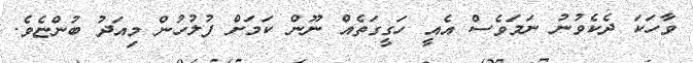
ވާހަކަ ދެކެވުނު ނަމަވެސް އެއީ ހަގީގަތެއް ނޫން ކަމަށް ފުލުހުން މިއަދު ބުންޏެވެ.